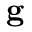
\mathbf { g }